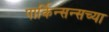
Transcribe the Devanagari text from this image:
पार्किन्सन्सच्या